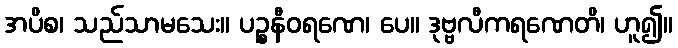
အပိစ၊ သည်သာမသေး။ ပဉ္စနီဝရဏေ၊ ပေ။ ဒုဗ္ဗလီကရဏေတိ၊ ဟူ၍။